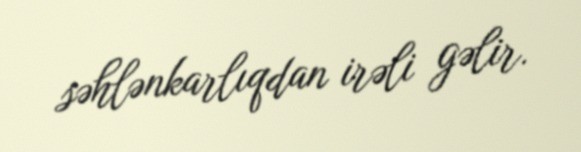
səhlənkarlıqdan irəli gəlir.